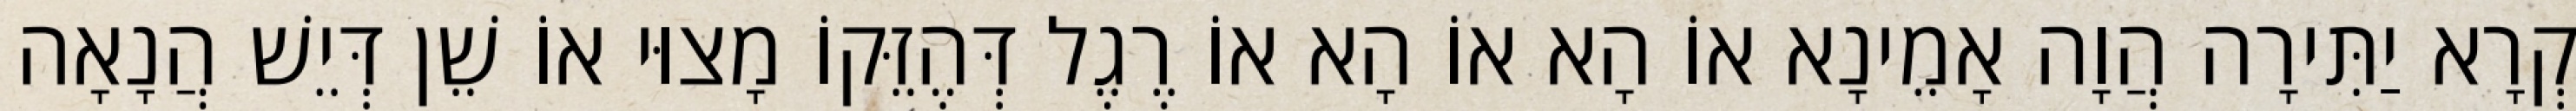
קְרָא יַתִּירָה הֲוָה אָמֵינָא אוֹ הָא אוֹ הָא אוֹ רֶגֶל דְּהֶזֵּקוֹ מָצוּי אוֹ שֵׁן דְּיֵשׁ הֲנָאָה